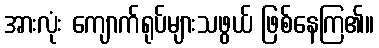
အားလုံး ကျောက်ရုပ်များသဖွယ် ဖြစ်နေကြ၏။